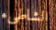
الشاطىء